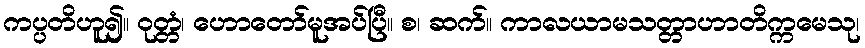
ကပ္ပတိဟူ၍။ ဝုတ္တံ၊ ဟောတော်မူအပ်ပြီ။ စ၊ ဆက်။ ကာလယာမသတ္တာဟာတိက္ကမေသု၊